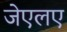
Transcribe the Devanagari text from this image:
जेएलए